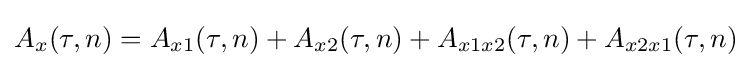
A_{x}(\tau ,n)=A_{x1}(\tau ,n)+A_{x2}(\tau ,n)+A_{x1x2}(\tau ,n)+A_{x2x1}(\tau ,n)